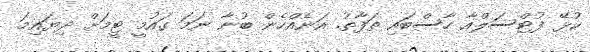
ކުޅޭ ފުޓްސަލްއާ ހާސްބައި ތަފާތު. އަނެއްހެން ބުނާ ނަމަ ގައުމީ ޓީމަށް ދިޔައިމަ